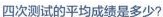
四次测试的平均成绩是多少?